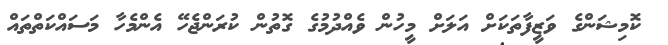
ކޮމިޝަންގެ ވަޒީފާތަކަށް އަލަށް މީހުން ވެއްދުމުގެ ގޮތުން ކުރަންޖެހޭ އެންމެހާ މަސައްކަތްތައް